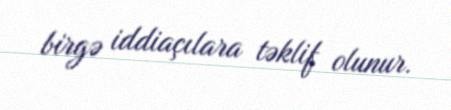
birgə iddiaçılara təklif olunur.